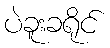
ပဲခူးခရိုင်